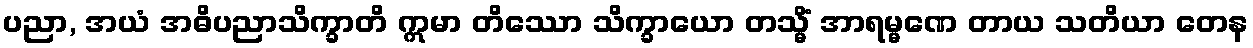
ပညာ, အယံ အဓိပညာသိက္ခာတိ ဣမာ တိဿော သိက္ခာယော တသ္မိံ အာရမ္မဏေ တာယ သတိယာ တေန